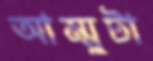
আম্মুটা